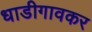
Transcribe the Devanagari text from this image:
धाडीगावकर